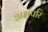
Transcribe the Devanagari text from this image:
अक्षपरि